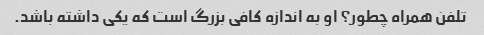
تلفن همراه چطور؟ او به اندازه کافی بزرگ است که یکی داشته باشد.